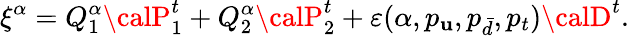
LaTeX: \xi^{\alpha}=Q_{1}^{\alpha}{\calP}_{1}^{t}+Q_{2}^{\alpha}{\calP}_{2}^{t}+\varepsilon(\alpha,p_{\mathbf{u}},p_{\bar{{d}}},p_{t}){\calD}^{t}.